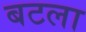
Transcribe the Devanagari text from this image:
बटला